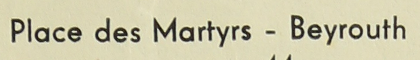
place des Martyrs - Beyrouth